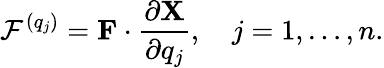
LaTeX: {\cal F}^{(q_{j})}={\mathbf F}\cdot\frac{\partial{\mathbf X}}{\partial q_{j}},\quad j=1,\dots,n.